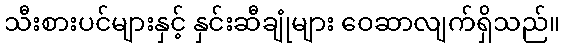
သီးစားပင်များနှင့် နှင်းဆီချုံများ ဝေဆာလျက်ရှိသည်။